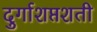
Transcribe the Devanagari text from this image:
दुर्गाशप्तशती